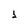
Character: 1